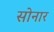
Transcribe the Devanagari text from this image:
साेनार